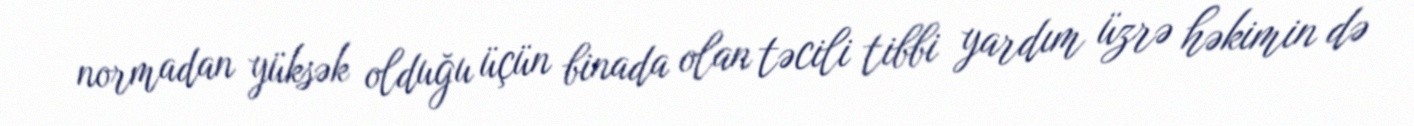
normadan yüksək olduğu üçün binada olan təcili tibbi yardım üzrə həkimin də